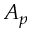
A _ { p }